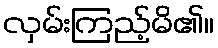
လှမ်းကြည့်မိ၏။